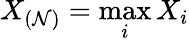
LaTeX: X_{(\mathcal{N})}=\operatorname*{max}_{i}X_{i}